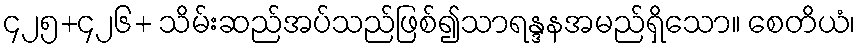
၄၂၅+၄၂၆+ သိမ်းဆည်အပ်သည်ဖြစ်၍သာရန္ဒနအမည်ရှိသော။ စေတိယံ၊